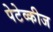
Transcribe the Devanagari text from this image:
पेटेव्कीज